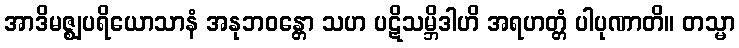
အာဒိမဇ္ဈပရိယောသာနံ အနုဘဝန္တော သဟ ပဋိသမ္ဘိဒါဟိ အရဟတ္တံ ပါပုဏာတိ။ တသ္မာ